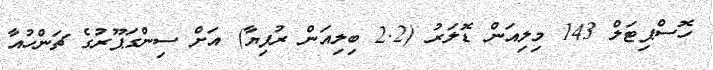
ހޮސްޕިޓަލް 143 މިލިއަން ޑޮލަރު (2.2 ބިލިއަން ރުފިޔާ) އަށް ސިންގަޕޫރުގެ ޗަންހުއާ